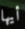
أيها